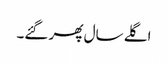
اگلے سال پھر گئے۔